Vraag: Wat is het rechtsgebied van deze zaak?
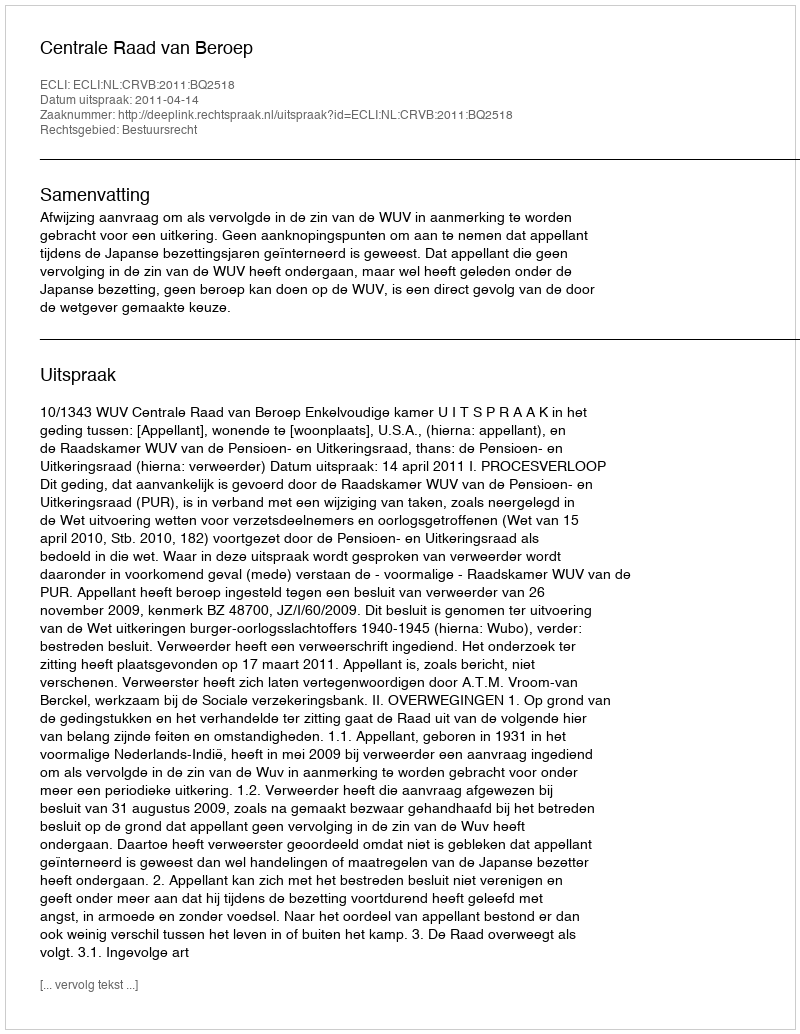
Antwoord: Bestuursrecht